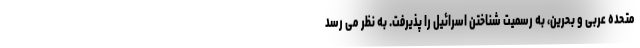
متحده عربی و بحرین، به رسمیت شناختن اسرائیل را پذیرفت. به نظر می رسد